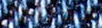
مختلط